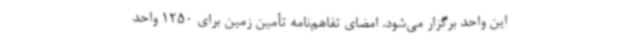
این واحد برگزار می‌شود. امضای تفاهم‌نامه تأمین زمین برای 1250 واحد